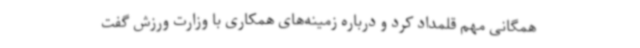
همگانی مهم قلمداد کرد و درباره زمینه‌های همکاری با وزارت ورزش گفت